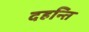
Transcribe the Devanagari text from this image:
दहन्ति